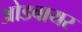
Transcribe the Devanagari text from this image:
ओडवायर